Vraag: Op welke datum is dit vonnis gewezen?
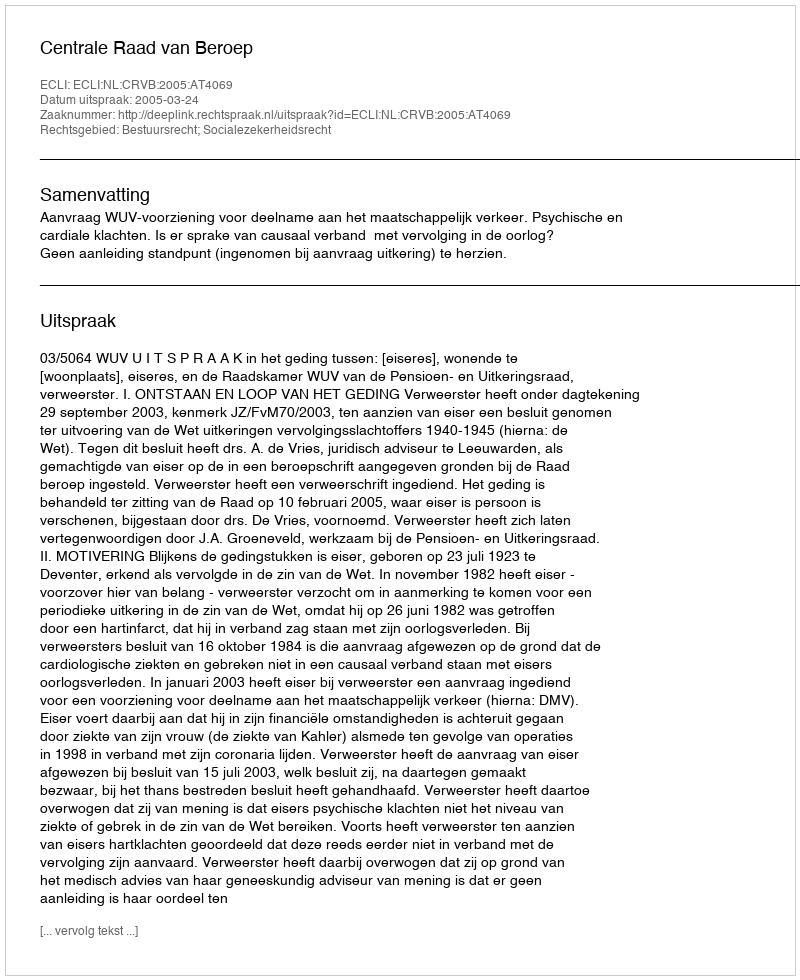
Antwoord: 2005-03-24